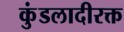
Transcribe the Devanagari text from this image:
कुंडलादीरक्त